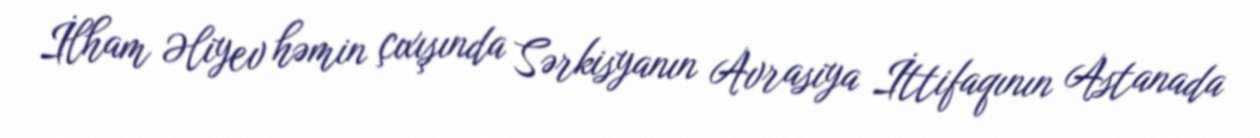
İlham Əliyev həmin çıxışında Sərkisyanın Avrasiya İttifaqının Astanada